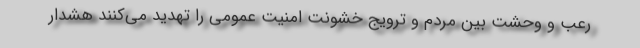
رعب و وحشت بین مردم و ترویج خشونت امنیت عمومی را تهدید می‌کنند هشدار